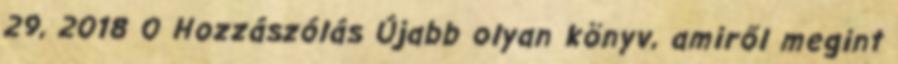
29, 2018 0 Hozzászólás Újabb olyan könyv, amiről megint